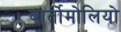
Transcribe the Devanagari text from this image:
बार्तोमोलियो